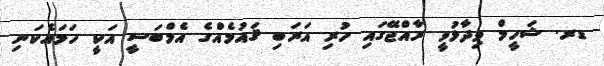
ޑރ. ޝަހީމް ވިދާޅުވީ ރާއްޖޭގައި ހުރި އަރަބި ޤައުމެއްގެ އެމްބަސީ އަކީ ހަމައެކަނި